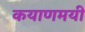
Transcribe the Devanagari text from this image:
कयाणमयी